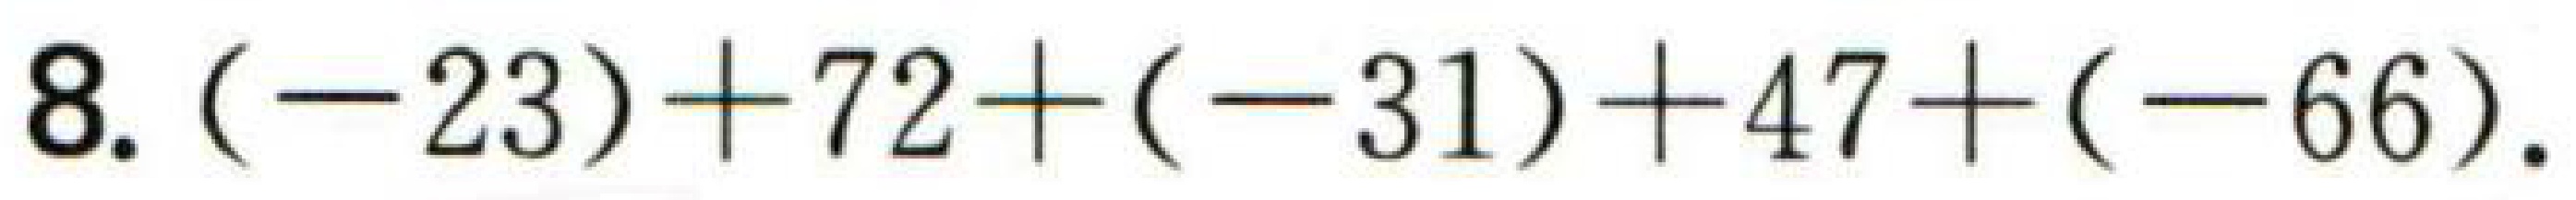
$8.(-23)+72+(-31)+47+(-66).$